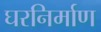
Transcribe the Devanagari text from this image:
घरनिर्माण